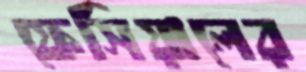
ফেসিয়ালের